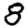
Digit: 8